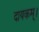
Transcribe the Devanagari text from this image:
दायकम्।